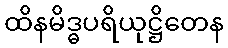
ထိနမိဒ္ဓပရိယုဋ္ဌိတေန